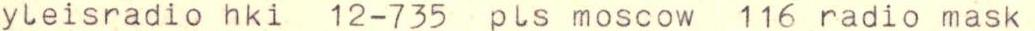
yleisradio hki 12-735 pls moscow 116 radio mask